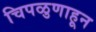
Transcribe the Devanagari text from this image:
चिपळुणाहून